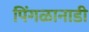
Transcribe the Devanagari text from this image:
पिंगळानाडी